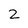
Character: 2